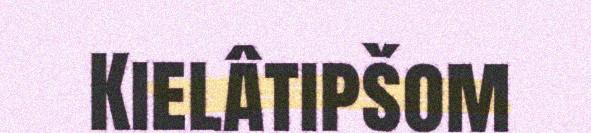
Kielâtipšom